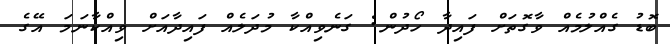
ބޮޑު ގެއްލުމެއް ވާގޮތަށް ފައިދާ ހޯދުން: ގަނެވިއްކާ މުދަލެއް ފައިދާއަށް ވިއްކާނަމަ އޭގެ